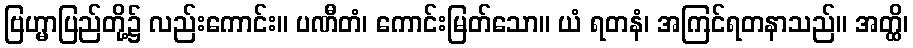
ဗြဟ္မာပြည်တို့၌ လည်းကောင်း။ ပဏီတံ၊ ကောင်းမြတ်သော။ ယံ ရတနံ၊ အကြင်ရတနာသည်။ အတ္ထိ၊